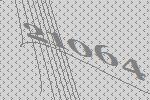
21064